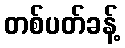
တစ်ပတ်ခန့်